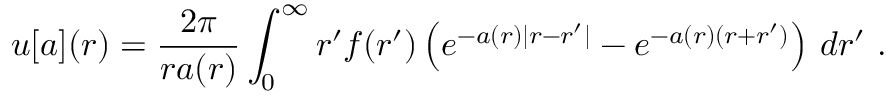
u [ a ] ( r ) = \frac { 2 \pi } { r a ( r ) } \int _ { 0 } ^ { \infty } r ^ { \prime } f ( r ^ { \prime } ) \left( e ^ { - a ( r ) | r - r ^ { \prime } | } - e ^ { - a ( r ) ( r + r ^ { \prime } ) } \right) \, d r ^ { \prime } \ .